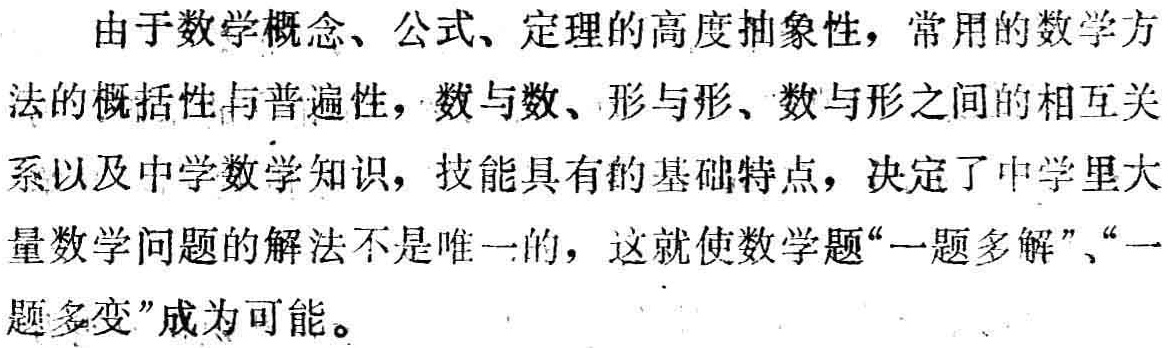
由于数学概念、公式、定理的高度抽象性，常用的数学方法的概括性与普遍性，数与数、形与形、数与形之间的相互关系以及中学数学知识，技能具有的基础特点，决定了中学里大量数学问题的解法不是唯一的，这就使数学题“一题多解”、“一题多变”成为可能。